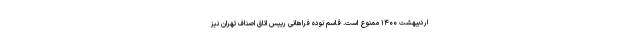
اردیبهشت ۱۴۰۰ ممنوع است. قاسم نوده فراهانی رییس اتاق اصناف تهران نیز